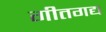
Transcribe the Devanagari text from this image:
गीतगद्य